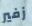
زفير